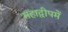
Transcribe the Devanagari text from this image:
महाद्वीपमें